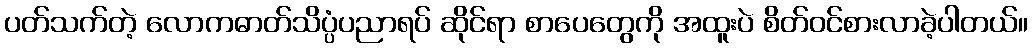
ပတ်သက်တဲ့ လောကဓာတ်သိပ္ပံပညာရပ် ဆိုင်ရာ စာပေတွေကို အထူးပဲ စိတ်ဝင်စားလာခဲ့ပါတယ်။